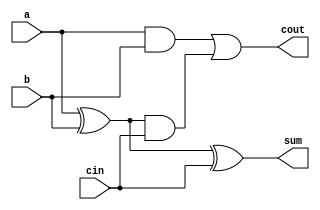
module fa_behavioural(a,b,cin,sum,cout); 

input a,b,cin;
output reg cout,sum; 
always @(a,b,cin)
begin
    cout =(a&b|((a^b)&cin)); 
    sum = a^b^cin;
end 
endmodule

module fa_tb();

reg ip1,ip2,ci;
wire s,co;

initial 
begin
    ip1=0; ip2=0; ci=0; #5;
    ip1=0; ip2=0; ci=1; #5;
    ip1=0; ip2=1; ci=0; #5;
    ip1=0; ip2=1; ci=1; #5;
    ip1=1; ip2=0; ci=0; #5;
    ip1=1; ip2=0; ci=1; #5;
    ip1=1; ip2=1; ci=0; #5;
    ip1=1; ip2=1; ci=1; #5;
    $finish;
end

fa_behavioural fa3 (ip1,ip2,ci,s,co);

initial begin
    $dumpfile ("fa3.vcd");
    $dumpvars (0,fa3);
end
    
endmodule